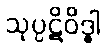
သုပ္ပဋိဝိဒ္ဓါ